Lunatic asylums United Provinces 1909-1921 - 1909-1921
Year: 1909
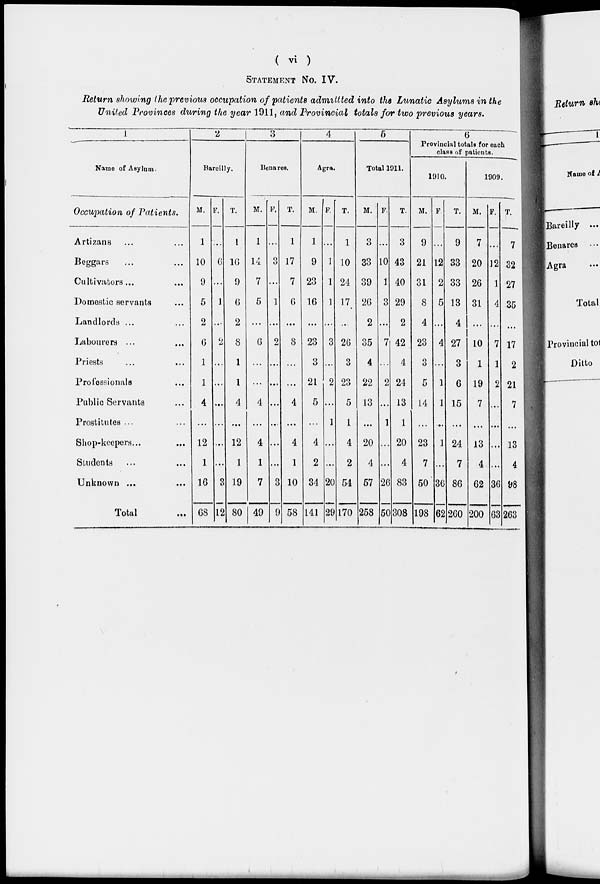
( vi )
STATEMENT NO. IV.
Return showing the previous occupation of patients admittted into the Lunatic Asylums in the
United Provinces during the year 1911, and Provincial totals for two previous years.
1
Name of Asylum.
Occupation of Patients.
Artizans ... ...
Beggars ... ...
Cultivators ... ...
Domestic servants ...
Landlords ... ...
Labourers ... ...
Priests ... ...
Professionals ...
Public Servants ...
Prostitutes ... ...
Shop-keepers ... ...
Students ... ...
Unknown ... ...
Total ...
2
Bareilly.
M.
1
10
9
5
2
6
1
1
4
...
12
1
16
68
F.
...
6
...
1
...
2
...
...
...
...
...
...
3
12
T.
1
16
9
6
2
8
1
1
4
...
12
1
19
80
3
Benares.
M.
1
14
7
5
...
6
...
...
4
...
4
1
7
49
F.
...
3
...
1
...
2
...
...
...
...
...
...
3
9
T.
1
17
7
6
...
8
...
...
4
...
4
1
10
58
4
Agra.
M.
1
9
23
16
...
23
3
21
5
...
4
2
34
141
F.
...
1
1
1
...
3
...
2
...
1
...
...
20
29
T.
1
10
24
17
...
26
3
23
5
1
4
2
54
170
5
Total 1911.
M.
3
33
39
26
2
35
4
22
13
...
20
4
57
258
F.
...
10
1
3
...
7
...
2
...
1
...
...
26
50
T.
3
43
40
29
2
42
4
24
13
1
20
4
83
308
6
Provincial totals for each
class of patients.
1910.
M.
9
21
31
8
4
23
3
5
14
...
23
7
50
198
F.
...
12
2
5
...
4
...
1
1
...
1
...
36
62
T.
9
33
33
13
4
27
3
6
15
...
24
7
86
260
1909.
M.
7
20
26
31
...
10
1
19
7
...
13
4
62
200
F.
...
12
1
4
...
7
1
2
...
...
...
...
36
63
T.
7
32
27
35
...
17
2
21
7
...
13
4
98
263